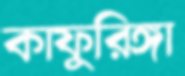
কাফুরিঙ্গা